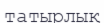
татырлық